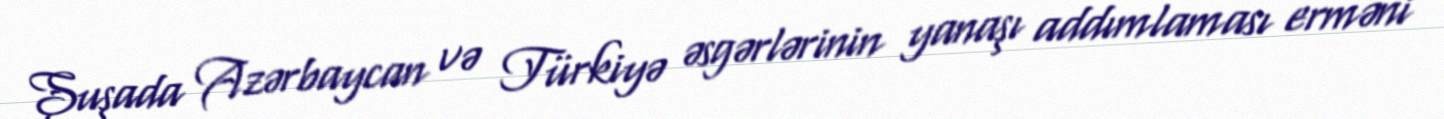
Şuşada Azərbaycan və Türkiyə əsgərlərinin yanaşı addımlaması erməni